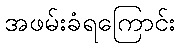
အဖမ်းခံရကြောင်း